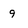
Character: 9